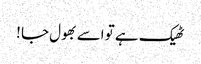
ٹھیک ہے تو اسے بھول جا !